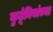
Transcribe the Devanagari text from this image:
कुटूंबियांच्या